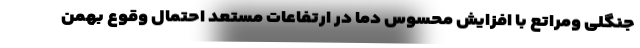
جنگلی ومراتع با افزایش محسوس دما در ارتفاعات مستعد احتمال وقوع بهمن